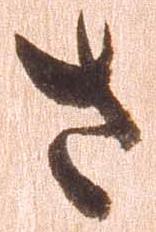
さ